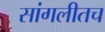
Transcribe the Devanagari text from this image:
सांगलीतच